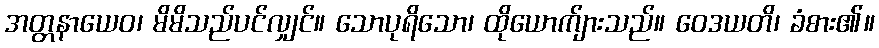
အတ္တနာယေဝ၊ မိမိသည်ပင်လျှင်။ သောပုရိသော၊ ထိုယောက်ျားသည်။ ဝေဒယတိ၊ ခံစား၏။